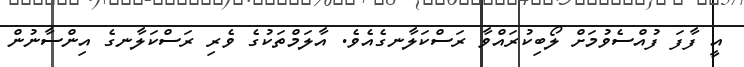
އީ ފާފަ ފުއްސެވުމަށް ލޯބިކުރައްވާ ރަސްކަލާނގެއެވެ. އާލަމްތަކުގެ ވެރި ރަސްކަލާނގެ އިންސާނުން